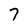
Character: 7